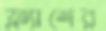
ফ্ল্যাশের